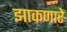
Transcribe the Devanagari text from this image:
झाकणारे